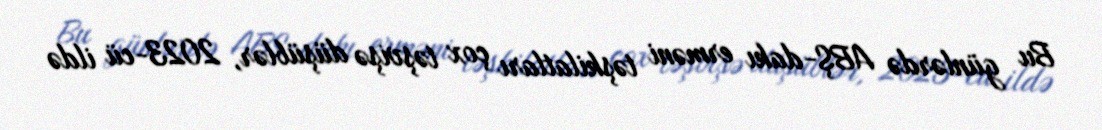
Bu günlərdə ABŞ-dakı erməni təşkilatları çox təşvişə düşüblər, 2023-cü ildə